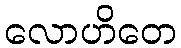
လောဟိတေ